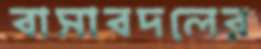
বাসাবদলের